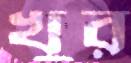
খুর